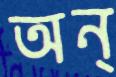
অন্